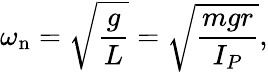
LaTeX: \omega_{\mathrm{n}}={\sqrt{\frac{g}{L}}}={\sqrt{\frac{mgr}{I_{P}}}},